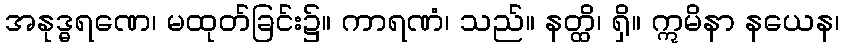
အနုဒ္ဓရဏေ၊ မထုတ်ခြင်း၌။ ကာရဏံ၊ သည်။ နတ္ထိ၊ ရှိ။ ဣမိနာ နယေန၊